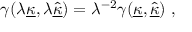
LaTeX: \gamma ( \lambda { \underline { { \kappa } } } , \lambda \hat { \underline { { \kappa } } } ) = \lambda ^ { - 2 } \gamma ( { \underline { { \kappa } } } , \hat { \underline { { \kappa } } } ) ~ ,